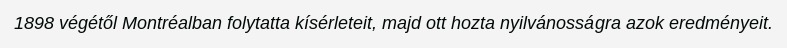
1898 végétől Montréalban folytatta kísérleteit, majd ott hozta nyilvánosságra azok eredményeit.